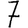
Digit: 7